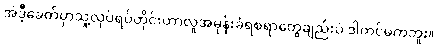
အဲဒီ့ခေတ်မှာသူ့လုပ်ရပ်တိုင်းဟာလူအမုန်းခံရစရာတွေချည်းပဲ ဒါတင်မကဘူး။